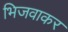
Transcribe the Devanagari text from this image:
भिजवाकर